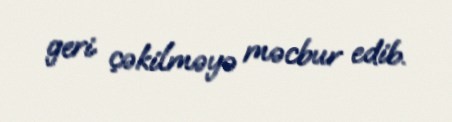
geri çəkilməyə məcbur edib.